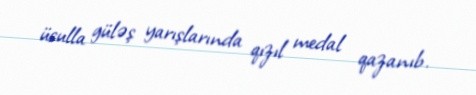
üsulla güləş yarışlarında qızıl medal qazanıb.